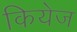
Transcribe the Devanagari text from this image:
कियेज